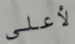
لأعلي